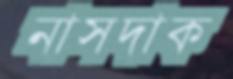
নাসদাক